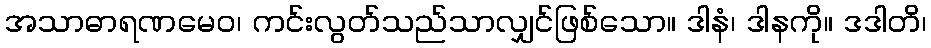
အသာဓာရဏမေဝ၊ ကင်းလွတ်သည်သာလျှင်ဖြစ်သော။ ဒါနံ၊ ဒါနကို။ ဒဒါတိ၊